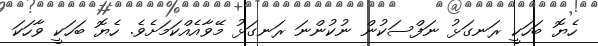
ހެޔޮ ބަހަކީ ރަނގަޅު ނަފްސަކުން ނުކުންނަ ރަނގަޅު މޭވާއެއްކަމަށެވެ. ހެޔޮ ބަހަކީ ވާހަކަ